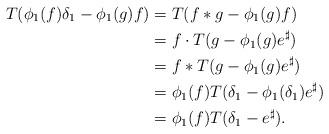
LaTeX: \begin{align*}T(\phi_{1}(f)\delta_{1}-\phi_{1}(g)f)&=T(f\ast g-\phi_{1}(g)f)\\&=f\cdot T(g-\phi_{1}(g)e^{\sharp})\\&=f\ast T(g-\phi_{1}(g)e^{\sharp})\\&=\phi_{1}(f)T(\delta_{1}-\phi_{1}(\delta_{1})e^{\sharp})\\&=\phi_{1}(f)T(\delta_{1}-e^{\sharp}).\end{align*}